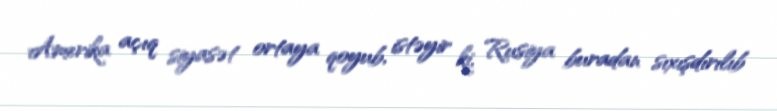
Amerika açıq siyasət ortaya qoyub, istəyir ki, Rusiya buradan sıxışdırılıb